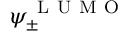
\psi _ { \pm } ^ { \mathrm { ~ L ~ U ~ M ~ O ~ } }